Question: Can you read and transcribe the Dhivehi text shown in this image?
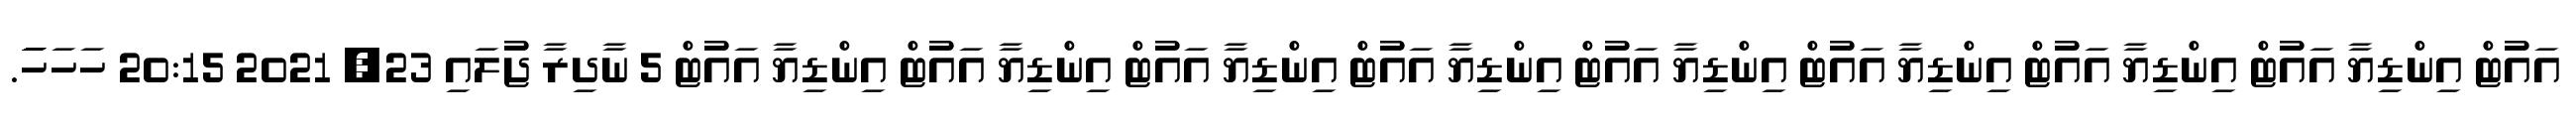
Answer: އައުޓް އިންޑިޔާ އައުޓް އިންޑިޔާ އައުޓް އިންޑިޔާ އައުޓް އިންޑިޔާ އައުޓް އިންޑިޔާ އައުޓް އިންޑިޔާ އައުޓް އިންޑިޔާ އައުޓް އިންޑިޔާ އައުޓް 5 ނާދިރާ ޖުލައި 23, 2021 20:15 ހަހަހަަަަަަަަަ.